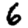
Digit: 6